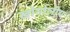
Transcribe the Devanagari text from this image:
खोगोलीय